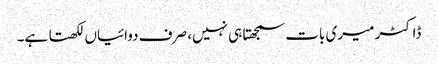
ڈاکٹر میری بات سمجھتا ہی نہیں، صرف دوائیاں لکھتا ہے۔